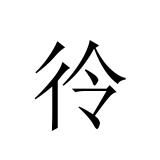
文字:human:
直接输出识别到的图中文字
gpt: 彾